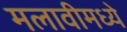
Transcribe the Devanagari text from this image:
मलावीमध्ये